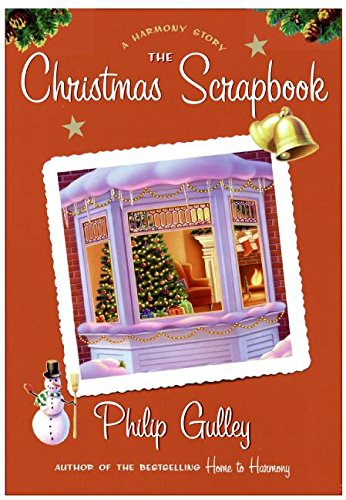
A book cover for The Christmas Scrapbook: A Harmony Story; Philip Gulley; Christian Books & Bibles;